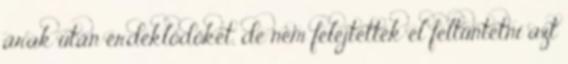
árak után érdeklődőket, de nem felejtették el feltüntetni azt